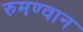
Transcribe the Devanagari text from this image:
रुमण्वान